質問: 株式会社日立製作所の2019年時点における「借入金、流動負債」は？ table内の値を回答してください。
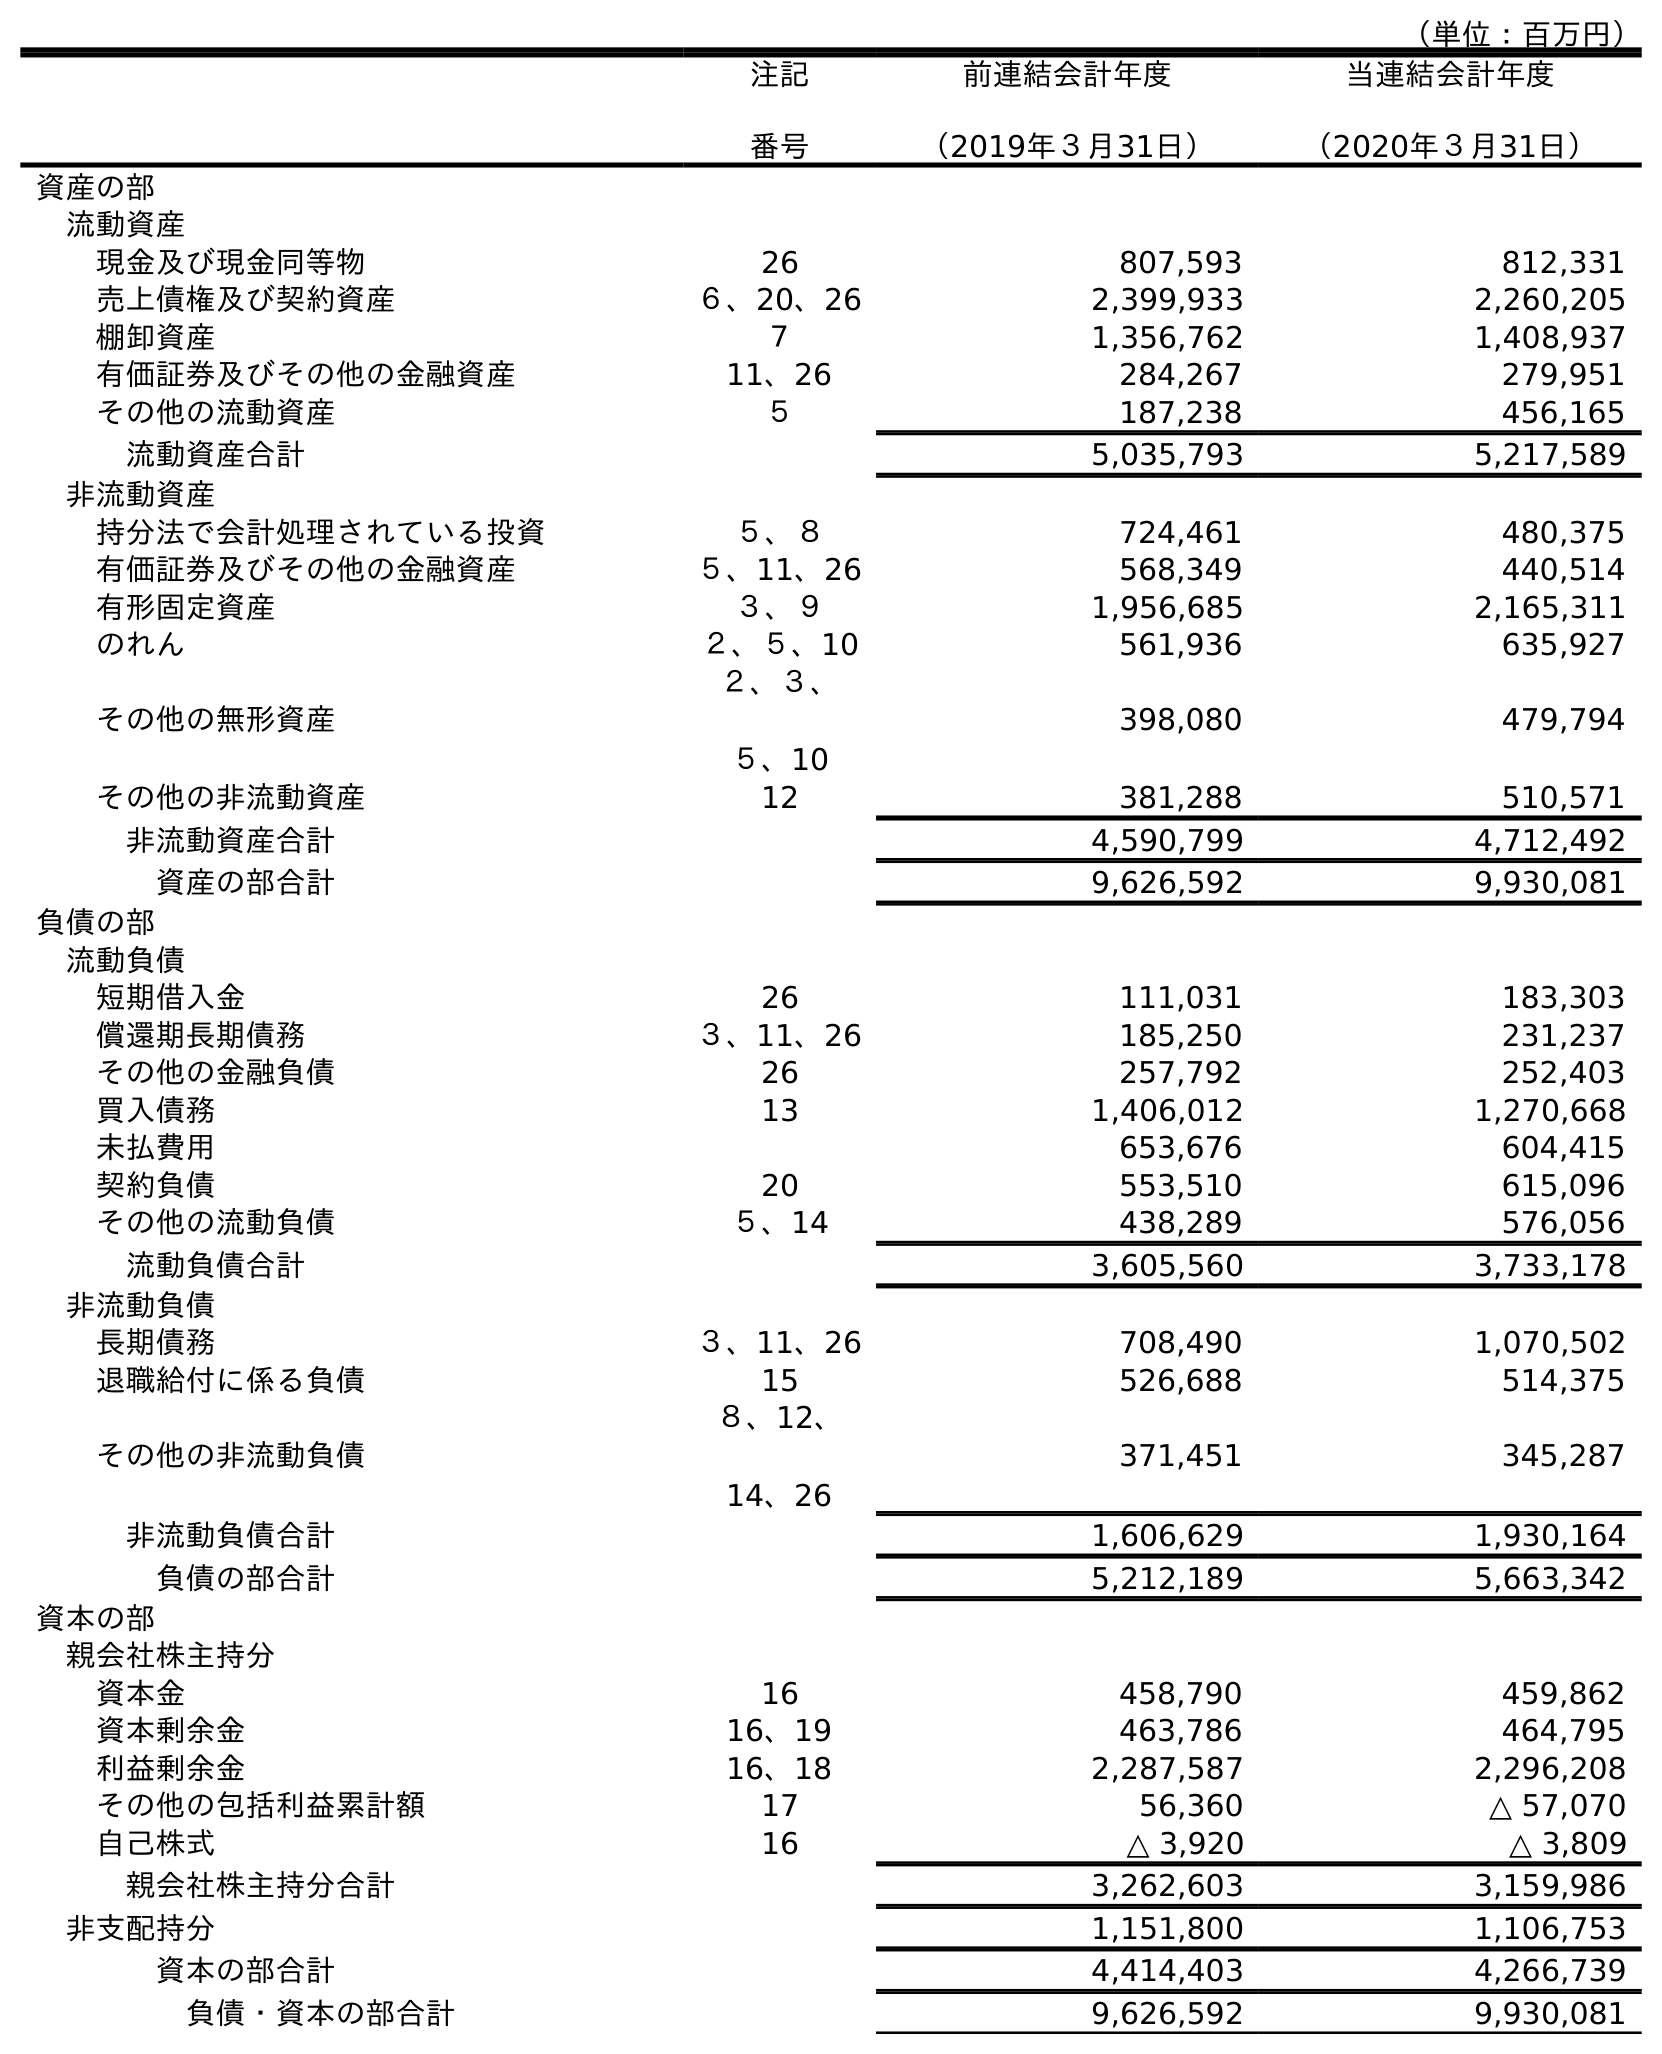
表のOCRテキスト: （単位：百万円） 注記 番号 前連結会計年度 （2019年３月31日） 当連結会計年度 （2020年３月31日） 資産の部 流動資産 現金及び現金同等物 26 807,593 812,331 売上債権及び契約資産 ６、20、26 2,399,933 2,260,205 棚卸資産 ７ 1,356,762 1,408,937 有価証券及びその他の金融資産 11、26 284,267 279,951 その他の流動資産 ５ 187,238 456,165 流動資産合計 5,035,793 5,217,589 非流動資産 持分法で会計処理されている投資 ５、８ 724,461 480,375 有価証券及びその他の金融資産 ５、11、26 568,349 440,514 有形固定資産 ３、９ 1,956,685 2,165,311 のれん ２、５、10 561,936 635,927 その他の無形資産 ２、３、 ５、10 398,080 479,794 その他の非流動資産 12 381,288 510,571 非流動資産合計 4,590,799 4,712,492 資産の部合計 9,626,592 9,930,081 負債の部 流動負債 短期借入金 26 111,031 183,303 償還期長期債務 ３、11、26 185,250 231,237 その他の金融負債 26 257,792 252,403 買入債務 13 1,406,012 1,270,668 未払費用 653,676 604,415 契約負債 20 553,510 615,096 その他の流動負債 ５、14 438,289 576,056 流動負債合計 3,605,560 3,733,178 非流動負債 長期債務 ３、11、26 708,490 1,070,502 退職給付に係る負債 15 526,688 514,375 その他の非流動負債 ８、12、 14、26 371,451 345,287 非流動負債合計 1,606,629 1,930,164 負債の部合計 5,212,189 5,663,342 資本の部 親会社株主持分 資本金 16 458,790 459,862 資本剰余金 16、19 463,786 464,795 利益剰余金 16、18 2,287,587 2,296,208 その他の包括利益累計額 17 56,360 △ 57,070 自己株式 16 △ 3,920 △ 3,809 親会社株主持分合計 3,262,603 3,159,986 非支配持分 1,151,800 1,106,753 資本の部合計 4,414,403 4,266,739 負債・資本の部合計 9,626,592 9,930,081
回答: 111,031